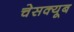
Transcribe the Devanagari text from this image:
चेसक्यूब